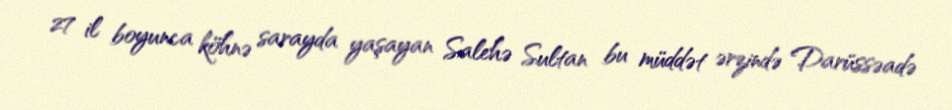
27 il boyunca köhnə sarayda yaşayan Salehə Sultan bu müddət ərzində Darüssəadə